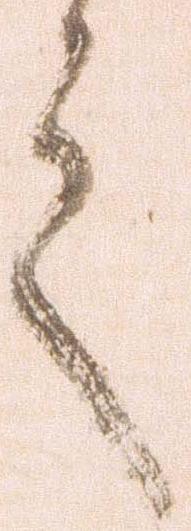
之